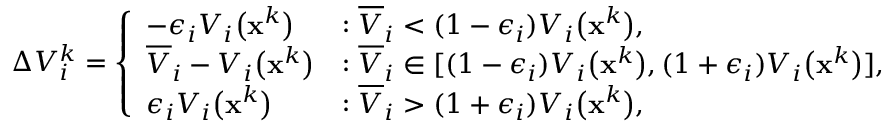
\Delta V _ { i } ^ { k } = \left\{ \begin{array} { l l } { - \epsilon _ { i } V _ { i } \big ( \mathbf { x } ^ { k } \big ) } & { : \overline { { V } } _ { i } < ( 1 - \epsilon _ { i } ) V _ { i } \big ( \mathbf { x } ^ { k } \big ) \mathrm { , } } \\ { \overline { { V } } _ { i } - V _ { i } \big ( \mathbf { x } ^ { k } \big ) } & { : \overline { { V } } _ { i } \in [ ( 1 - \epsilon _ { i } ) V _ { i } \big ( \mathbf { x } ^ { k } \big ) , ( 1 + \epsilon _ { i } ) V _ { i } \big ( \mathbf { x } ^ { k } \big ) ] \mathrm { , } } \\ { \epsilon _ { i } V _ { i } \big ( \mathbf { x } ^ { k } \big ) } & { : \overline { { V } } _ { i } > ( 1 + \epsilon _ { i } ) V _ { i } \big ( \mathbf { x } ^ { k } \big ) \mathrm { , } } \end{array} \right.